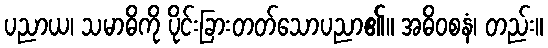
ပညာယ၊ သမာဓိကို ပိုင်းခြားတတ်သောပညာ၏။ အဓိဝစနံ၊ တည်း။